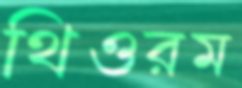
থিওরম